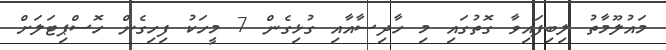
މައުލޫމާތު ލިބިފައިވާ ގޮތުގައި މި ހާދިސާއާއި ގުޅިގެން 7 މީހަކު ފިހިގެން ހޮސްޕިޓަލަށް